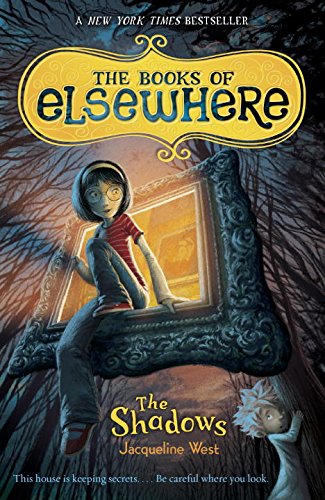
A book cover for The Shadows (The Books of Elsewhere, Vol. 1); Jacqueline West; Children's Books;